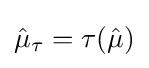
{\hat {\mu }}_{\tau }=\tau ({\hat {\mu }})